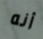
أنه